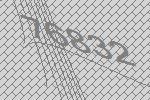
76832